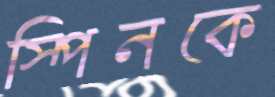
স্পিনকে